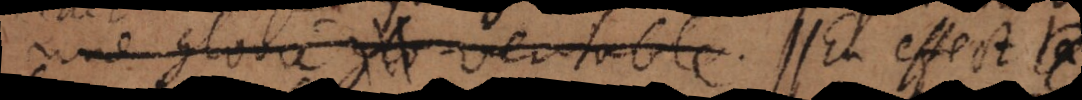
gloire veritable. En effect la